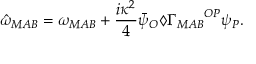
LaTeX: { \hat { \omega } } _ { M A B } = \omega _ { M A B } + \frac { i \kappa ^ { 2 } } { 4 } { \bar { \psi } } _ { O } \diamondsuit { \Gamma _ { M A B } } ^ { O P } \psi _ { P } .